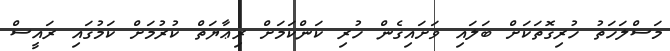
މަސްލަހަތު ހުރިގޮތަކަށް ބަލައި ވަށައިގެން ހުރި ކަންކަމަށް ރިޢާޔަތް ކުރުމަށް ކަމުގައި ރައީސް